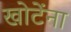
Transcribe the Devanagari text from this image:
खोटेंना